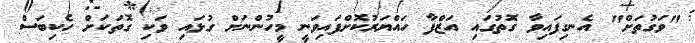
"ވަގުތަށް" އެނގިފައިވާ ގޮތުގައި އަޒްފާ ހައްޔަރުކޮށްފައިވަނީ މީހުންނަށް ގުޅައި ވަކި ގޮތަކަށް ހެކިބަސް